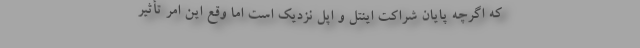
که اگرچه پایان شراکت اینتل و اپل نزدیک است اما وقع این امر تأثیر